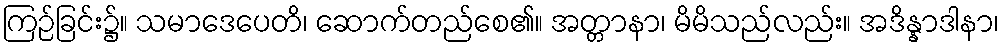
ကြဉ်ခြင်း၌။ သမာဒေပေတိ၊ ဆောက်တည်စေ၏။ အတ္တာနာ၊ မိမိသည်လည်း။ အဒိန္နာဒါနာ၊